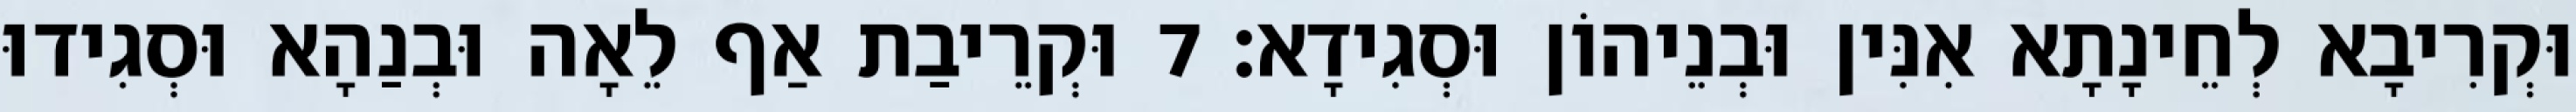
וּקְרִיבָא לְחֵינָתָא אִנִּין וּבְנֵיהוֹן וּסְגִידָא׃ 7 וּקְרֵיבַת אַף לֵאָה וּבְנַהָא וּסְגִידוּ